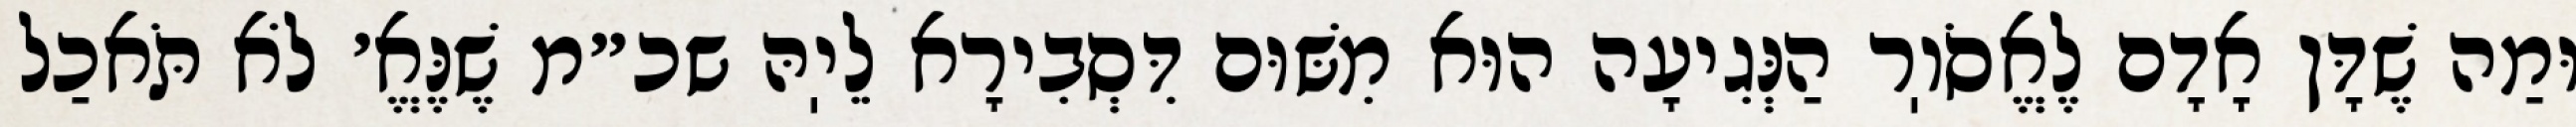
וּמַה שֶׁדָּן אָדָם לֶאֱסֹוֽר הַנְּגִיעָה הוּא מִשּׁוּם דִּסְבִירָא לֵיֽהּ שכ״מ שֶׁנֶּאֱ׳ לֹא תֹּאכַל